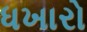
ધખારો